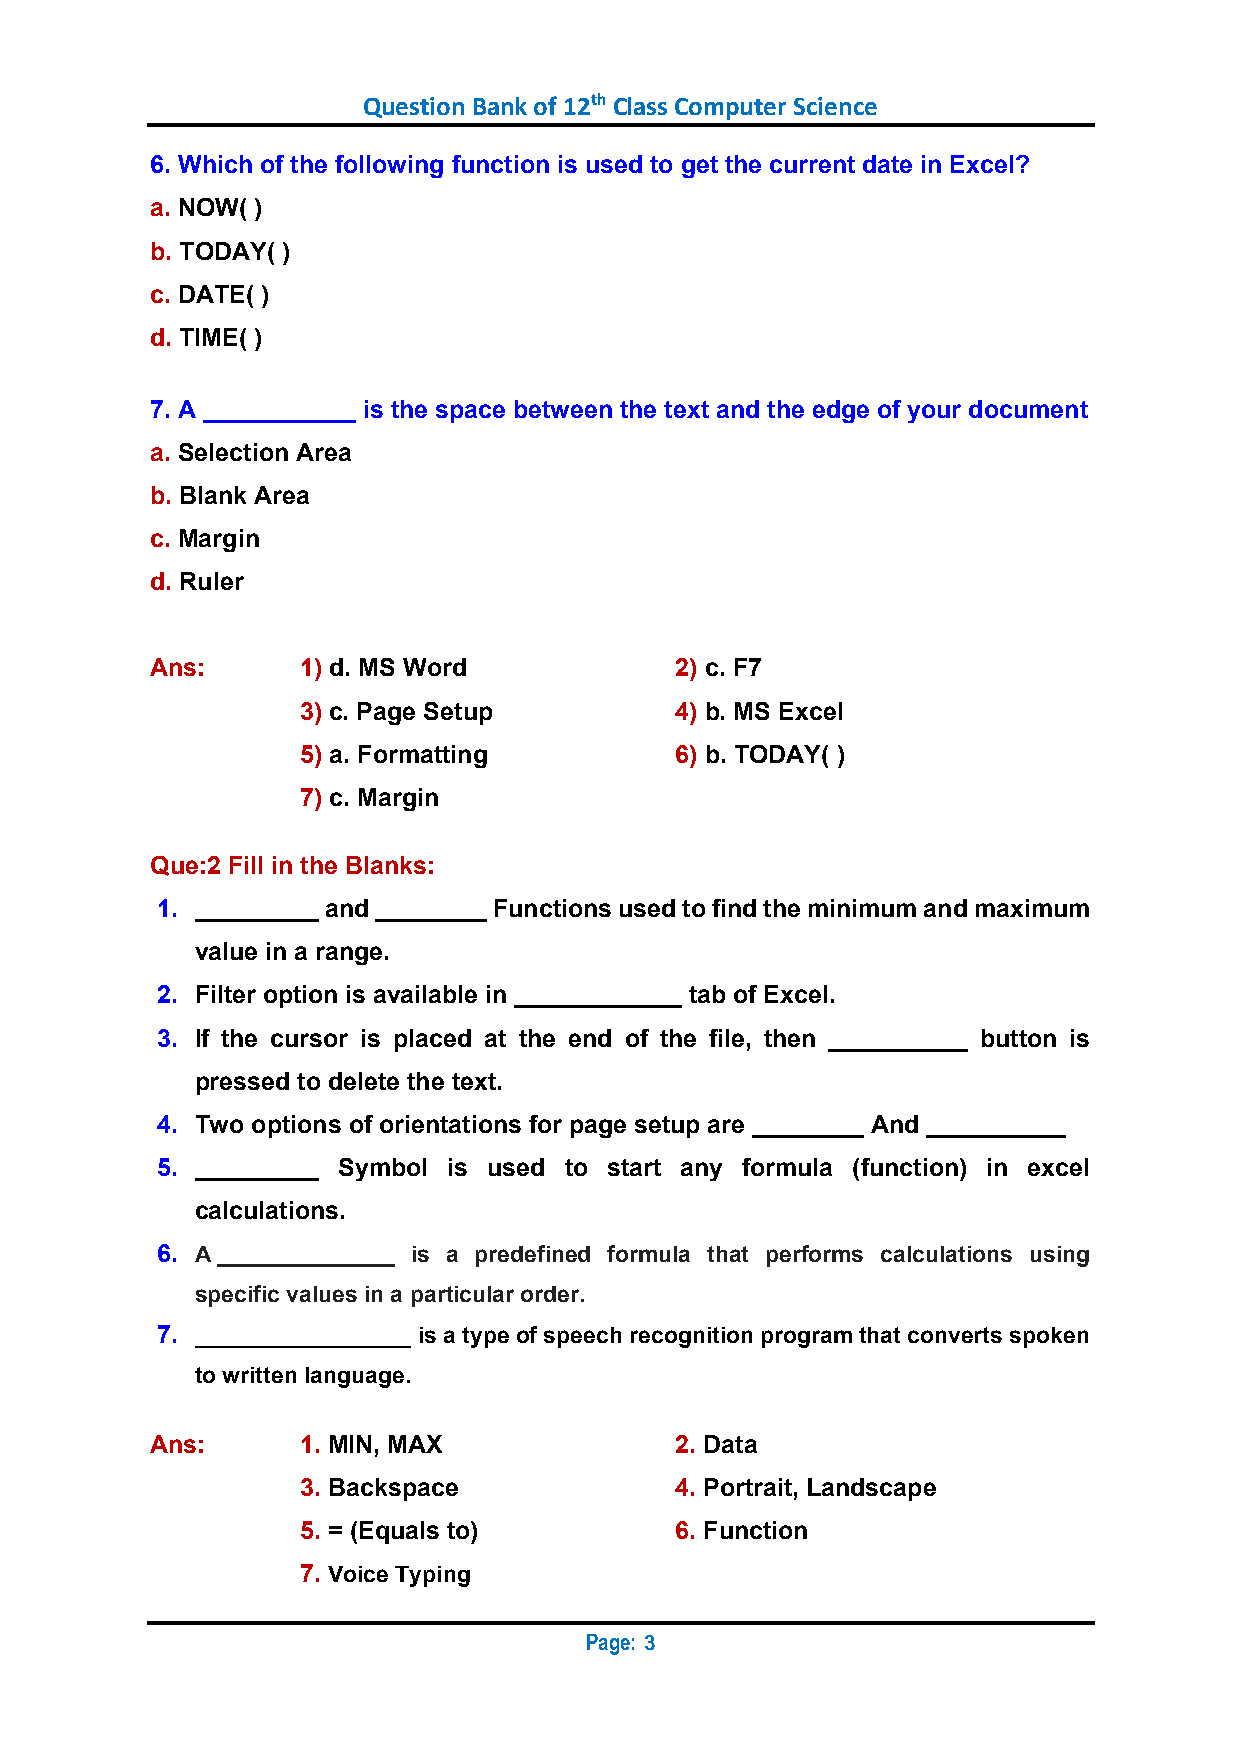
Question Bank of 12th Class Computer Science
 6. Which of the following function is used to get the current date in Excel?
 a. NOW( )
 b. TODAY( )
 c. DATE( )
 d. TIME( )
 7. A ___________ is the space between the text and the edge of your document
 a. Selection Area
 b. Blank Area
 c. Margin
 d. Ruler
 Ans:      1) d. MS Word            2) c. F7
 3) c. Page Setup         4) b. MS Excel
 5) a. Formatting         6) b. TODAY( )
 7) c. Margin
 Que:2 Fill in the Blanks:
 1. _________ and ________ Functions used to find the minimum and maximum
 value in a range.
 2. Filter option is available in ____________ tab of Excel.
 3. If the cursor is placed at the end of the file, then __________ button is
 pressed to delete the text.
 4. Two options of orientations for page setup are ________ And __________
 5. _________ Symbol is used to start any formula (function) in excel
 calculations.
 6. A ______________ is a predefined formula that performs calculations using
 specific values in a particular order.
 7. _________________ is a type of speech recognition program that converts spoken
 to written language.
 Ans:      1. MIN, MAX              2. Data
 3. Backspace             4. Portrait, Landscape
 5. = (Equals to)         6. Function
 7. Voice Typing
 Page:
 3